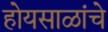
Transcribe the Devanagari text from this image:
होयसाळांचे